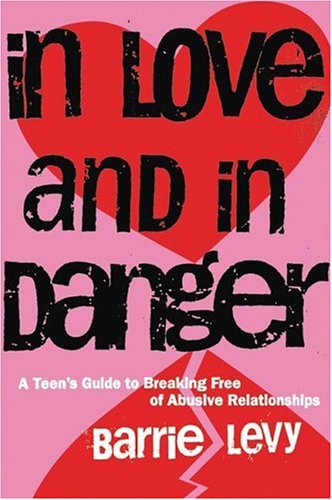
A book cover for In Love and in Danger: A Teen's Guide to Breaking Free of Abusive Relationships; Barrie Levy; Teen & Young Adult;